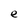
Character: e